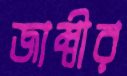
জাম্বীর